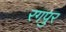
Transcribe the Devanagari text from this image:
रगपुर